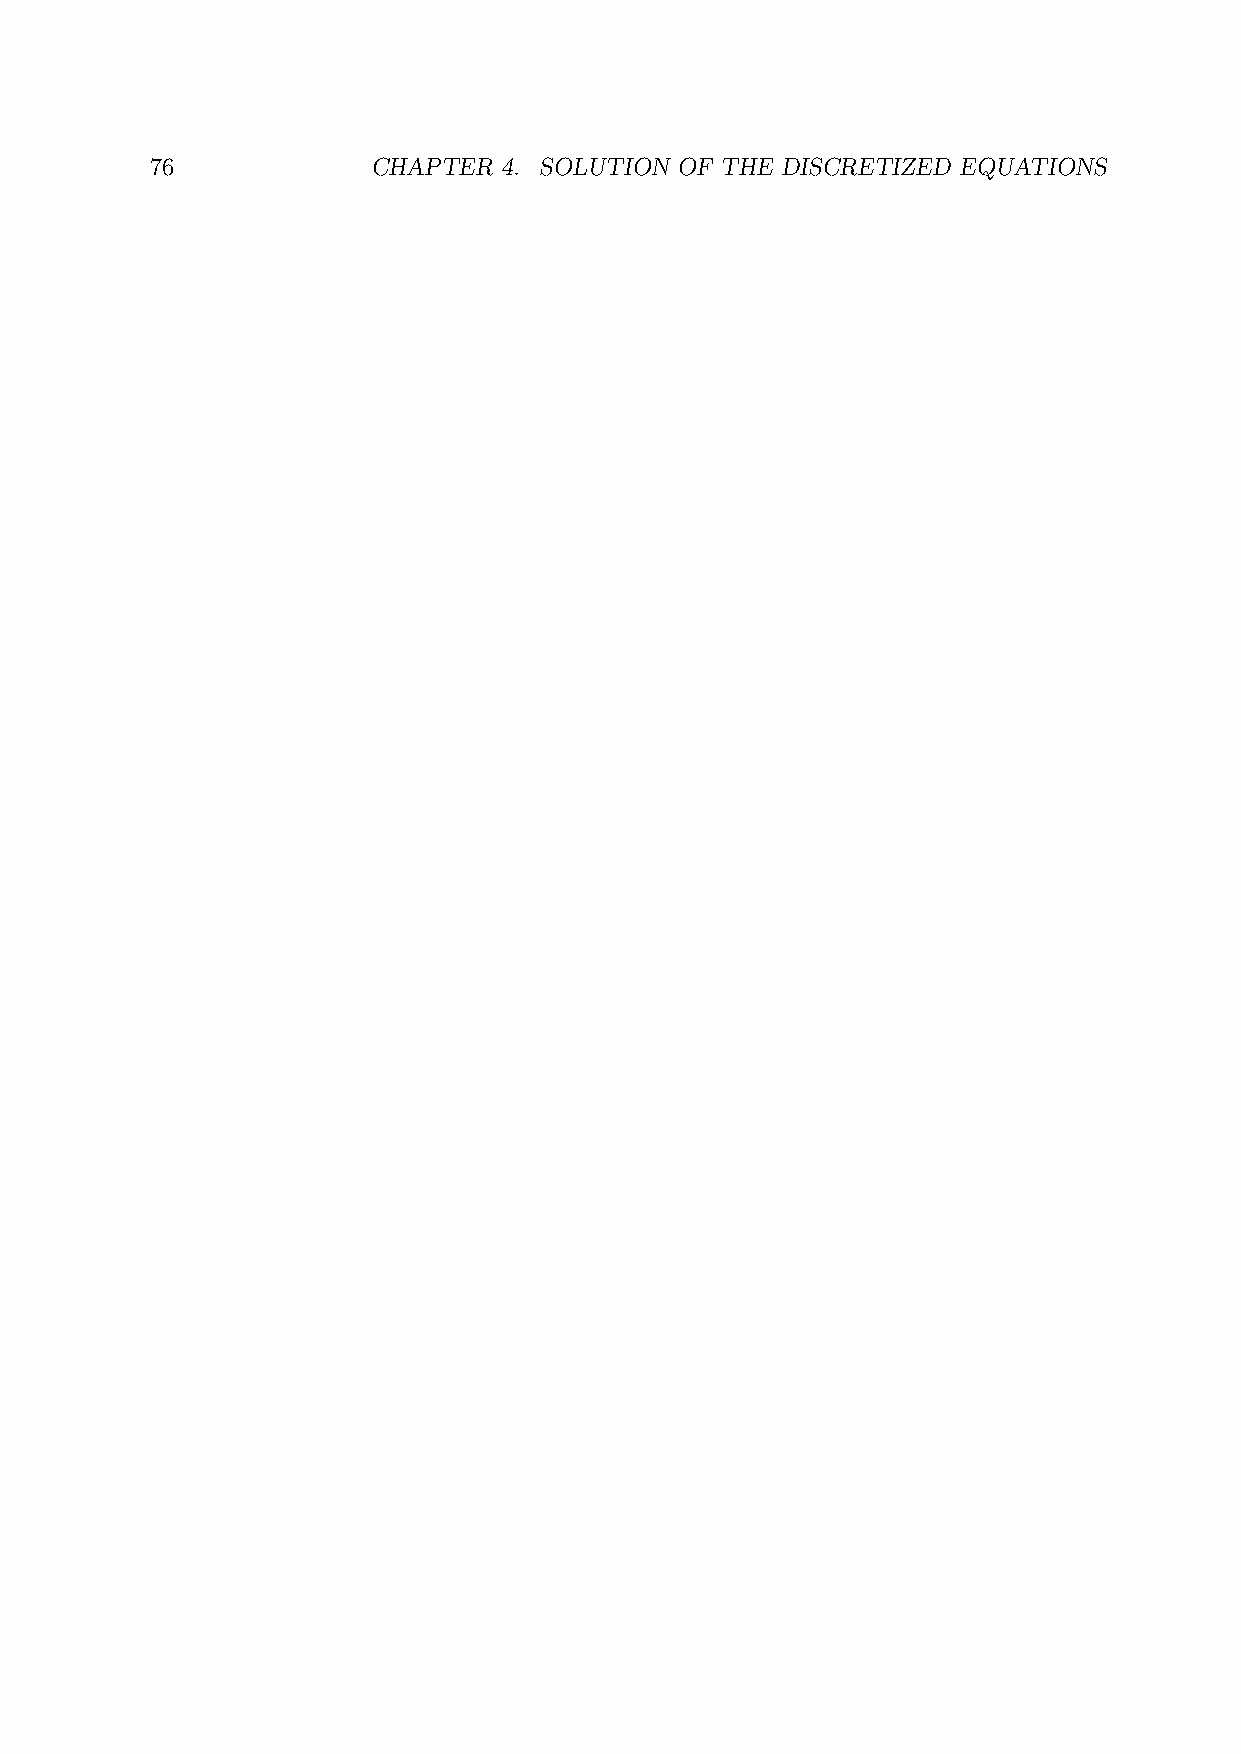
76             CHAPTER 4. SOLUTION OF THE DISCRETIZED EQUATIONS